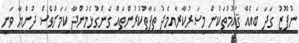
ނުފޫޒު ގަދަ ބައެއް ޤައުމުތަކުން މިސަރުކާރާއިމެދު ތަފާތުކުރުންތައް ގެންގުޅެމުންދާ ކަމަށްވެސް ދުންޔާ ވަނީ